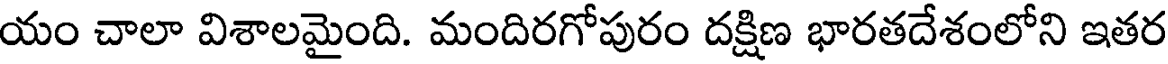
యం చాలా విశాలమైంది. మందిరగోపురం దక్షిణ భారతదేశంలోని ఇతర